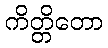
ကိတ္တိတော